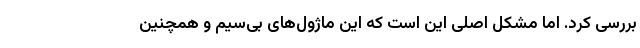
بررسی کرد. اما مشکل اصلی این است که این ماژول‌های بی‌سیم و همچنین